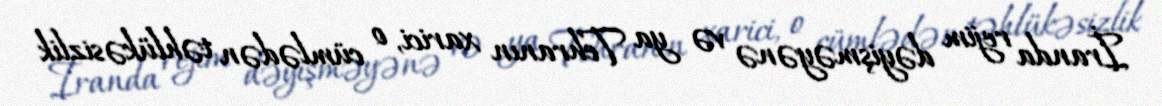
İranda rejim dəyişməyənə və ya Tehranın xarici, o cümlədən təhlükəsizlik